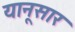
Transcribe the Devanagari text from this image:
यानूसार